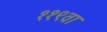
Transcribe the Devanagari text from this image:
११९वा